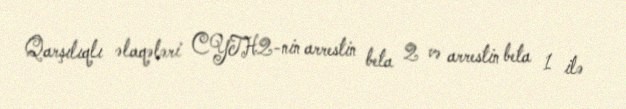
Qarşılıqlı əlaqələri CYTH2-nin arrestin beta 2 və arrestin beta 1 ilə